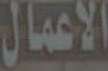
الاعمال